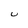
Character: U